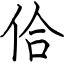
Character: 佮